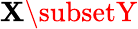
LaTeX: \mathbf{X}\subsetY